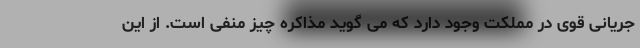
جریانی قوی در مملکت وجود دارد که می گوید مذاکره چیز منفی است. از این